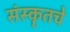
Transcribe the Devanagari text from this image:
संस्कॄतचे